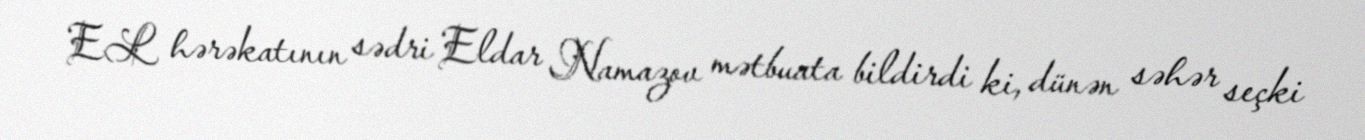
EL hərəkatının sədri Eldar Namazov mətbuata bildirdi ki, dünən səhər seçki